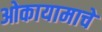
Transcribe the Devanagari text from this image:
ओकायामाचे